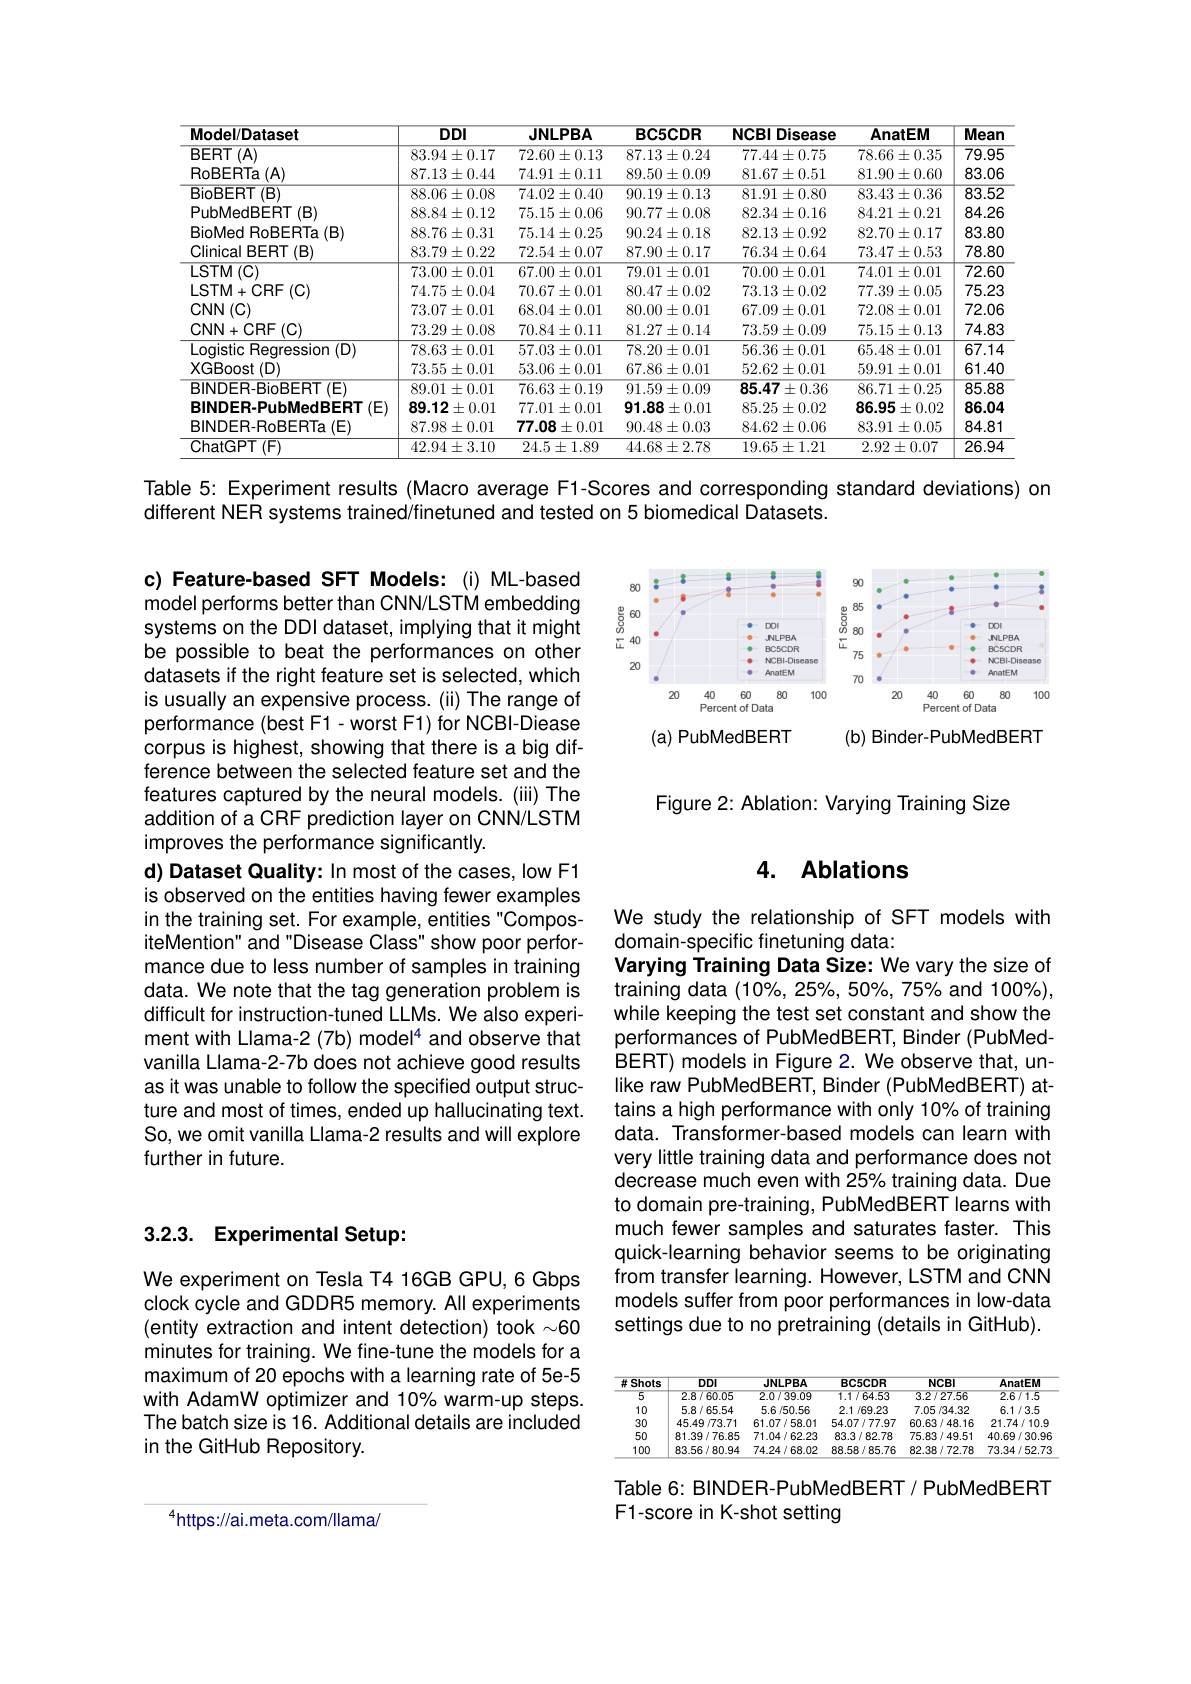
<table>
	<tbody>
		<tr>
			<th>Model/Dataset</th>
			<th>$DDI$</th>
			<th>JNLPBA</th>
			<th>BC5CDR</th>
			<th>NCBI Disease</th>
			<th>AnatEM</th>
			<th>Mean</th>
		</tr>
		<tr>
			<td>BERT (A)</td>
			<td>$83.94\pm0.17$</td>
			<td>$72.60\pm0.13$</td>
			<td>$87.13\pm0.24$</td>
			<td>$$77.44\pm0.75$$</td>
			<td>$78.66\pm0.35$</td>
			<td>79.95</td>
		</tr>
		<tr>
			<td>$\operatorname{RoBERTa}\left(A\right)$</td>
			<td>$87.13\pm0.44$</td>
			<td>$74.91\pm0.11$</td>
			<td>$89.50\pm0.09$</td>
			<td>$81.67\pm0.51$</td>
			<td>$81.90\pm0.60$</td>
			<td>83.06</td>
		</tr>
		<tr>
			<td>BioBERT(B)</td>
			<td>$88.06\pm0.08$</td>
			<td>$74.02\pm0.40$</td>
			<td>$90.19\pm0.13$</td>
			<td>$81.91\pm0.80$</td>
			<td>$83.43\pm0.36$</td>
			<td>83.52</td>
		</tr>
		<tr>
			<td>PubMedBERT $-(\mathbf{B})$</td>
			<td>$88.84\pm0.12$</td>
			<td>$75.15\pm0.06$</td>
			<td>$90.77\pm0.08$</td>
			<td>$82.34\pm0.16$</td>
			<td>$84.21\pm0.21$</td>
			<td>84.26</td>
		</tr>
		<tr>
			<td>BioMed RoBERTa(B)</td>
			<td>$88.76\pm0.31$</td>
			<td>$75.14\pm0.25$</td>
			<td>$90.24\pm0.18$</td>
			<td>$82.13\pm0.92$</td>
			<td>$82.70\pm0.17$</td>
			<td>83.80</td>
		</tr>
		<tr>
			<td>$T\left(\mathbf{B}\right)$ Clinical BERT</td>
			<td>$83.79\pm0.22$</td>
			<td>$72.54\pm0.07$</td>
			<td>$87.90\pm0.17$</td>
			<td>$76.34\pm0.64$</td>
			<td>$73.47\pm0.53$</td>
			<td>78.80</td>
		</tr>
		<tr>
			<td>$\operatorname{LSTM}\left(\mathrm{C}\right)$</td>
			<td>$73.00\pm0.01$</td>
			<td>$67.00\pm0.01$</td>
			<td>$79.01\pm0.01$</td>
			<td>$70.00\pm0.01$</td>
			<td>$74.01\pm0.01$</td>
			<td>$\overline{72.60}$</td>
		</tr>
		<tr>
			<td>LSTM+CRF $:(\mathbf{C})$</td>
			<td>$74.75\pm0.04$</td>
			<td>$70.67\pm0.01$</td>
			<td>$80.47\pm0.02$</td>
			<td>$73.13\pm0.02$</td>
			<td>$77.39\pm0.05$</td>
			<td>75.23</td>
		</tr>
		<tr>
			<td>CNN(C)</td>
			<td>$73.07\pm0.01$</td>
			<td>$68.04\pm0.01$</td>
			<td>$80.00\pm0.01$</td>
			<td>$67.09\pm0.01$</td>
			<td>$72.08\pm0.01$</td>
			<td>72.06</td>
		</tr>
		<tr>
			<td>CNN+CRF $=(\mathbf{C})$</td>
			<td>$73.29\pm0.08$</td>
			<td>$70.84\pm0.11$</td>
			<td>$81.27\pm0.14$</td>
			<td>$73.59\pm0.09$</td>
			<td>$75.15\pm0.13$</td>
			<td>74.83</td>
		</tr>
		<tr>
			<td>Logistic Regression (D)</td>
			<td>$78.63\pm0.01$</td>
			<td>$57.03\pm0.01$</td>
			<td>$78.20\pm0.01$</td>
			<td>$56.36\pm0.01$</td>
			<td>$65.48\pm0.01$</td>
			<td>67.14</td>
		</tr>
		<tr>
			<td>XGBoost(D)</td>
			<td>$73.55\pm0.01$</td>
			<td>$53.06\pm0.01$</td>
			<td>$67.86\pm0.01$</td>
			<td>$52.62\pm0.01$</td>
			<td>$59.91\pm0.01$</td>
			<td>61.40</td>
		</tr>
		<tr>
			<td>BINDER-BioBERT(E)</td>
			<td>$89.01\pm0.01$</td>
			<td>$76.63\pm0.19$</td>
			<td>$91.59\pm0.09$</td>
			<td>$85.47\pm0.36$</td>
			<td>$86.71\pm0.25$</td>
			<td>85.88</td>
		</tr>
		<tr>
			<td>BINDER-PubMedBERT(E)</td>
			<td>$89.12\pm0.01$</td>
			<td>$77.01\pm0.01$</td>
			<td>$91.88\pm0.01$</td>
			<td>$85.25\pm0.02$</td>
			<td>86.95 $\pm0.02$ $=\frac{1}{2}$</td>
			<td>86.04</td>
		</tr>
		<tr>
			<td>BINDER-RoBERTa(E)</td>
			<td>$87.98\pm0.01$</td>
			<td>$77.08\pm0.01$</td>
			<td>$90.48\pm0.03$</td>
			<td>$84.62\pm0.06$</td>
			<td>$83.91\pm0.05$</td>
			<td>84.81</td>
		</tr>
		<tr>
			<td>$\overline{{ChatGPT}}(\mathcal{F})$</td>
			<td>$42.94\pm3.10$</td>
			<td>$24.5\pm1.89$</td>
			<td>$44.68\pm2.78$</td>
			<td>$19.65\pm1.21$</td>
			<td>$2.92\pm0.07$</td>
			<td>26.94</td>
		</tr>
	</tbody>
</table>

Table 5: Experiment results (Macro average F1-Scores and corresponding standard deviations) on

different NER systems trained/finetuned and tested on 5 biomedical Datasets.

<FigureHere>
(a) PubMedBERT
(b) Binder-PubMedBERT

Figure 2: Ablation: Varying Training Size

c) Feature-based SFT Models:(i) ML-based model performs better than CNN/LSTM embedding systems on the DDI dataset, implying that it might be possible to beat the performances on other datasets if the right feature set is selected, which is usually an expensive process. (ii) The range of performance (best F1-worst F1) for NCBI-Diease corpus is highest, showing that there is a big difference between the selected feature set and the features captured by the neural models. (iii) The addition of a CRF prediction layer on CNN/LSTM improves the performance significantly.
d) Dataset Quality: In most of the cases, low F1 is observed on the entities having fewer examples in the training set. For example, entities"CompositeMention" and "Disease Class" show poor performance due to less number of samples in training data. We note that the tag generation problem is difficult for instruction-tuned LLMs. We also experiment with Llama-2 (7b) model$^4$ and observe that vanilla Llama-2-7b does not achieve good results as it was unable to follow the specified output structure and most of times, ended up hallucinating text. So, we omit vanilla Llama-2 results and will explore further in future.

### 4. Ablations

We study the relationship of SFT models with
domain-specific finetuning data:
Varying Training Data Size: We vary the size of training data (10%, 25%, 50%, 75% and 100%), while keeping the test set constant and show the performances of PubMedBERT, Binder (PubMedBERT) models in Figure 2. We observe that, unlike raw PubMedBERT, Binder (PubMedBERT) attains a high performance with only 10% of training data. Transformer-based models can learn with very little training data and performance does not decrease much even with 25% training data. Due to domain pre-training, PubMedBERT learns with much fewer samples and saturates faster. This quick-learning behavior seems to be originating from transfer learning. However, LSTM and CNN models suffer from poor performances in low-data settings due to no pretraining (details in GitHub).

# 3.2.3. Experimental Setup:

We experiment on Tesla T4 16GB GPU,6 Gbps clock cycle and GDDR5 memory. All experiments (entity extraction and intent detection) took $\sim60$ minutes for training. We fine-tune the models for a maximum of 20 epochs with a learning rate of 5e-5 with AdamW optimizer and 10% warm-up steps. The batch size is 16. Additional details are included in the GitHub Repository.

<table>
	<tbody>
		<tr>
			<th>#Shots</th>
			<th>$DDI$</th>
			<th>JNLPBA</th>
			<th>BC5CDR</th>
			<th>NCBI</th>
			<th>AnatEM</th>
		</tr>
		<tr>
			<td>5</td>
			<td>2.8/60.05</td>
			<td>2.0/39.09</td>
			<td>1.1764.53</td>
			<td>3.2/27.56</td>
			<td>2.6/1.5</td>
		</tr>
		<tr>
			<td>10</td>
			<td>5.8/65.54</td>
			<td>5.6/50.56</td>
			<td>2.1/69.23</td>
			<td>7.05/34.32</td>
			<td>6.1/3.5</td>
		</tr>
		<tr>
			<td>30</td>
			<td>45.49/73.71</td>
			<td>61.07/58.01</td>
			<td>54.07/77.97</td>
			<td>60.63/48.16</td>
			<td>21.74/10.9</td>
		</tr>
		<tr>
			<td>50</td>
			<td>81.39/76.85</td>
			<td>71.04/62.23</td>
			<td>83.3/82.78</td>
			<td>75.83/49.51</td>
			<td>40.69/30.96</td>
		</tr>
		<tr>
			<td>100</td>
			<td>83.56/80.94</td>
			<td>74.24/68.02</td>
			<td>88.58/85.76</td>
			<td>82.38/72.78</td>
			<td>73.34/52.75</td>
		</tr>
	</tbody>
</table>

Table 6: BINDER-PubMedBERT/ PubMedBERT
F1-score in K-shot setting

$^{4}$https://ai.meta.com/llama/